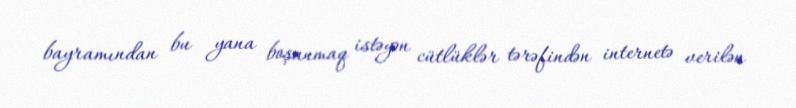
bayramından bu yana boşanmaq istəyən cütlüklər tərəfindən internetə verilən